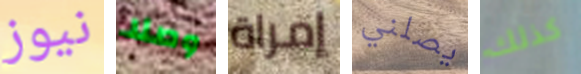
نيوز وصلا إمراة يصلني كذلك